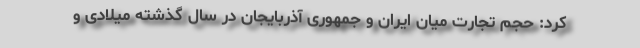
کرد: حجم تجارت میان ایران و جمهوری آذربایجان در سال گذشته میلادی و